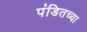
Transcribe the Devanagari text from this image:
पंडितच्या